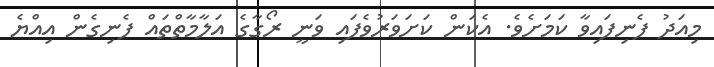
މިއަދު ފެނިފައިވާ ކަމަށެވެ. އެކަން ކަށަވަރުވެފައި ވަނީ ރޯގާގެ އަލާމާތްތައް ފެނިގެން އިއްޔެ